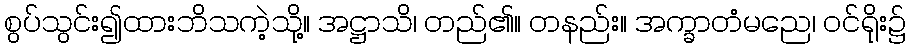
စွပ်သွင်း၍ထားဘိသကဲ့သို့။ အဋ္ဌာသိ၊ တည်၏။ တနည်း။ အက္ခာတံမညေ၊ ဝင်ရိုး၌